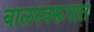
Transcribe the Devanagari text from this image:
बालस्वरूपात